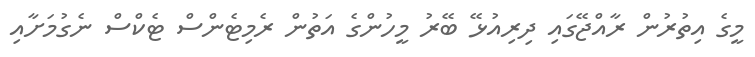
މީގެ އިތުރުން ރާއްޖޭގައި ދިރިއުޅޭ ބޭރު މީހުންގެ އަތުން ރެމިޓެންސް ޓެކްސް ނެގުމަށާއި